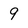
Character: 9